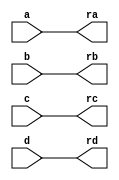
`timescale 1ns / 1ps
//////////////////////////////////////////////////////////////////////////////////
// Company: 
// Engineer: 
// 
// Design Name: 
// Module Name: bubblesort_normal
// Project Name: 
// Target Devices: 
// Tool Versions: 
// Description: 
// 
// Dependencies: 
// 
// Revision:
// Revision 0.01 - File Created
// Additional Comments:
// 
//////////////////////////////////////////////////////////////////////////////////


module bubblesort_normal(ra,rb,rc,rd,a,b,c,d);
    output [3:0] ra,rb,rc,rd;
    input [3:0] a,b,c,d;
    reg [3:0] ra,rb,rc,rd;
    reg [3:0] va,vb,vc,vd;
    always @( a or b or c or d)
        begin
            
           {va,vb,vc,vd} = {a,b,c,d};
            sort2(va,vc);
            sort2(vb,vd);
            sort2(vc,vd);
            sort2(vb,vc);
            {ra,rb,rc,rd} = {va,vb,vc,vd};
        end
 task sort2;
    inout [3:0] x,y;
    reg [3:0] tmp;
    if(x>y)
        begin
            tmp = x;
            x=y;
            y=tmp;
        end
 endtask
endmodule